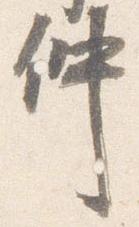
仲